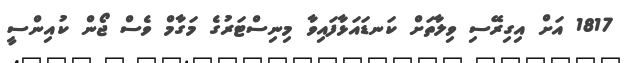
1817 އަށް އިގިރޭސި ވިލާތަށް ކަނޑައަޅާފައިވާ މިނިސްޓަރުގެ މަގާމް ވެސް ޖޯން ކުއިންސީ